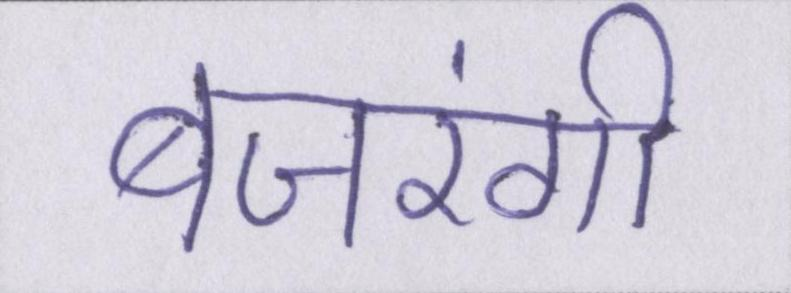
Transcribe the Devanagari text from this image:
बजरंगी